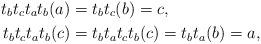
LaTeX: \begin{align*}t_bt_ct_at_b(a) &= t_bt_c(b) = c, \\t_bt_ct_at_b(c) &= t_bt_at_ct_b(c) = t_bt_a(b) = a, \end{align*}